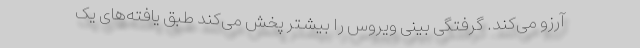
آرزو می‌کند. گرفتگی بینی ویروس را بیشتر پخش می‌کند طبق یافته‌های یک